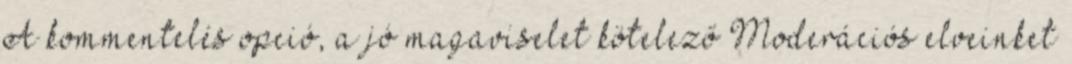
A kommentelés opció, a jó magaviselet kötelező Moderációs elveinket